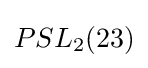
PSL_{2}(23)